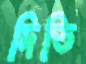
দিতি